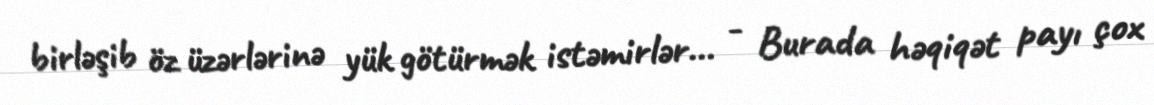
birləşib öz üzərlərinə yük götürmək istəmirlər... - Burada həqiqət payı çox